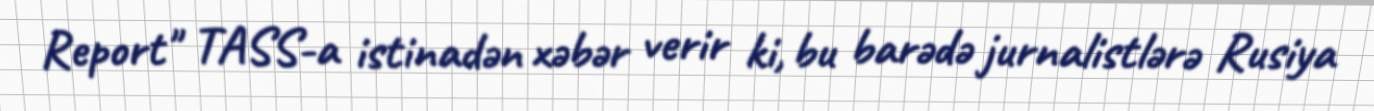
Report" TASS-a istinadən xəbər verir ki, bu barədə jurnalistlərə Rusiya